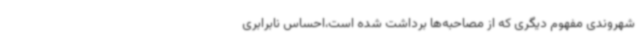
شهروندی مفهوم دیگری که از مصاحبه‌ها برداشت شده است،احساس نابرابری